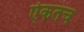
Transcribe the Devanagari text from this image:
ऐकतच